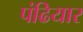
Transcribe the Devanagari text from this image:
पंढियार